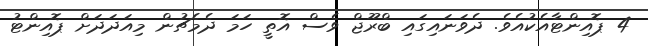
4 ޕޮއިންޓާއެކުއެވެ. ދެވަނައިގައި ބްރޫޖް ވެސް އޮތީ ހަމަ ދެމެޗުން މިއަދަދަށް ޕޮއިންޓު